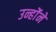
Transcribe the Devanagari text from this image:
उन्होंंने